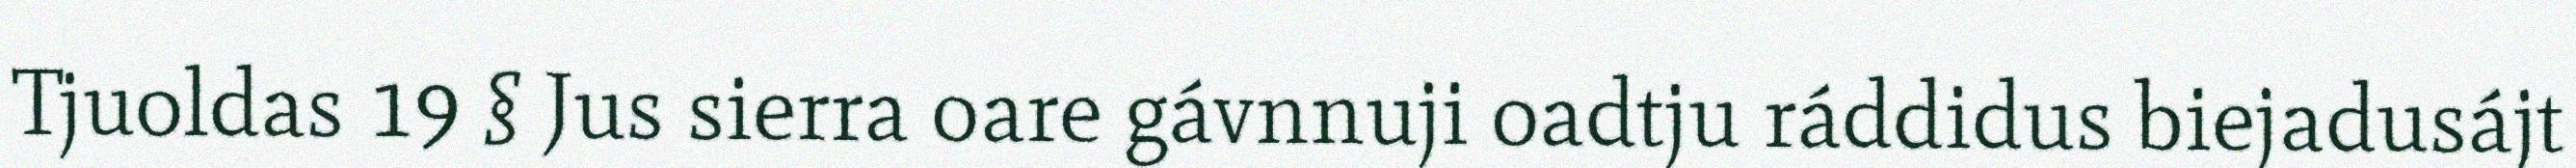
Tjuoldas 19 § Jus sierra oare gávnnuji oadtju ráddidus biejadusájt